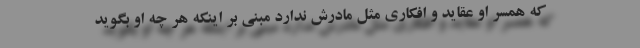
که همسر او عقاید و افکاری مثل مادرش ندارد مبنی بر اینکه هر چه او بگوید